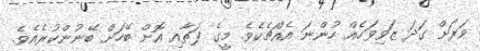
ވަރަށް ގަދަ ޒަވިވަހެއް ހުންނަ އެއްޗެކެވެ. މީގެ ފަތާއި އޮށް ބޭހަށް ބޭނުންކުރެއެވެ.